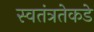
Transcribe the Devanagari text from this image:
स्वतंत्रतेकडे